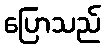
ပြောသည်